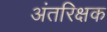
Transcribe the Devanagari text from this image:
अंतरिक्षक